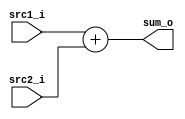
// 109550018 

module Adder(
    src1_i,
	src2_i,
	sum_o
	);
     
//I/O ports
input  [32-1:0]  src1_i;
input  [32-1:0]	 src2_i;
output [32-1:0]	 sum_o;

//Internal Signals
wire    [32-1:0]	 sum_o;

//Parameter
    
//Main function
assign sum_o = src1_i + src2_i;

endmodule